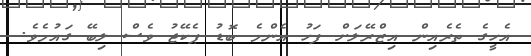
އެހީގެ ތެރެއިން އިޒްރޭލަށް ފަހު އެންމެ ބޮޑު ޕެކޭޖު ވެސް ލިބޭ ގައުމެވެ.